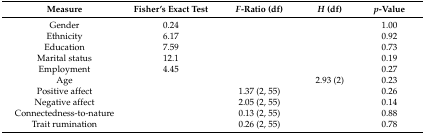
| Measure | Fisher’s Exact Test | F-Ratio (df) | H (df) | p-Value |
 | --- | --- | --- | --- | --- |
 | Gender | 0.24 |  |  | 1.00 |
 | Ethnicity | 6.17 |  |  | 0.92 |
 | Education | 7.59 |  |  | 0.73 |
 | Marital status | 12.1 |  |  | 0.19 |
 | Employment | 4.45 |  |  | 0.27 |
 | Age |  |  | 2.93 (2) | 0.23 |
 | Positive affect |  | 1.37 (2, 55) |  | 0.26 |
 | Negative affect |  | 2.05 (2, 55) |  | 0.14 |
 | Connectedness-to-nature |  | 0.13 (2, 55) |  | 0.88 |
 | Trait rumination |  | 0.26 (2, 55) |  | 0.78 |